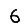
Digit: 6